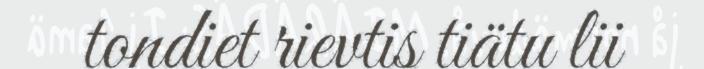
tondiet rievtis tiätu lii